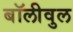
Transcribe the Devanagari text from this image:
बॉलीवुल